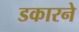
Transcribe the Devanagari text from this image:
डकारने